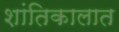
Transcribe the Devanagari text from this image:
शांतिकालात